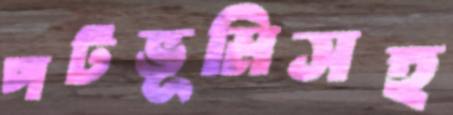
পটভূমিসহ